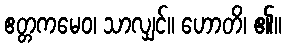
ဧတ္တကမေဝ၊ သာလျှင်။ ဟောတိ၊ ၏။